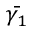
\bar { \gamma _ { 1 } }